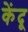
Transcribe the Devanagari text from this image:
केंदू